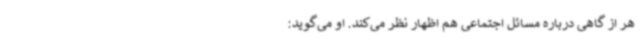
هر از گاهی درباره مسائل اجتماعی هم اظهار نظر می‌کند. او می‌گوید: